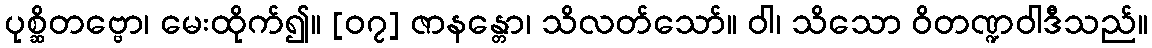
ပုစ္ဆိတဗ္ဗော၊ မေးထိုက်၍။ [၀၇] ဇာနန္တော၊ သိလတ်သော်။ ဝါ၊ သိသော ဝိတဏ္ဍဝါဒီသည်။